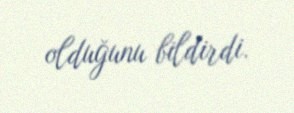
olduğunu bildirdi.